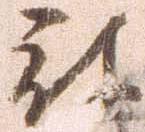
被